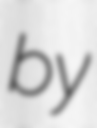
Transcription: by